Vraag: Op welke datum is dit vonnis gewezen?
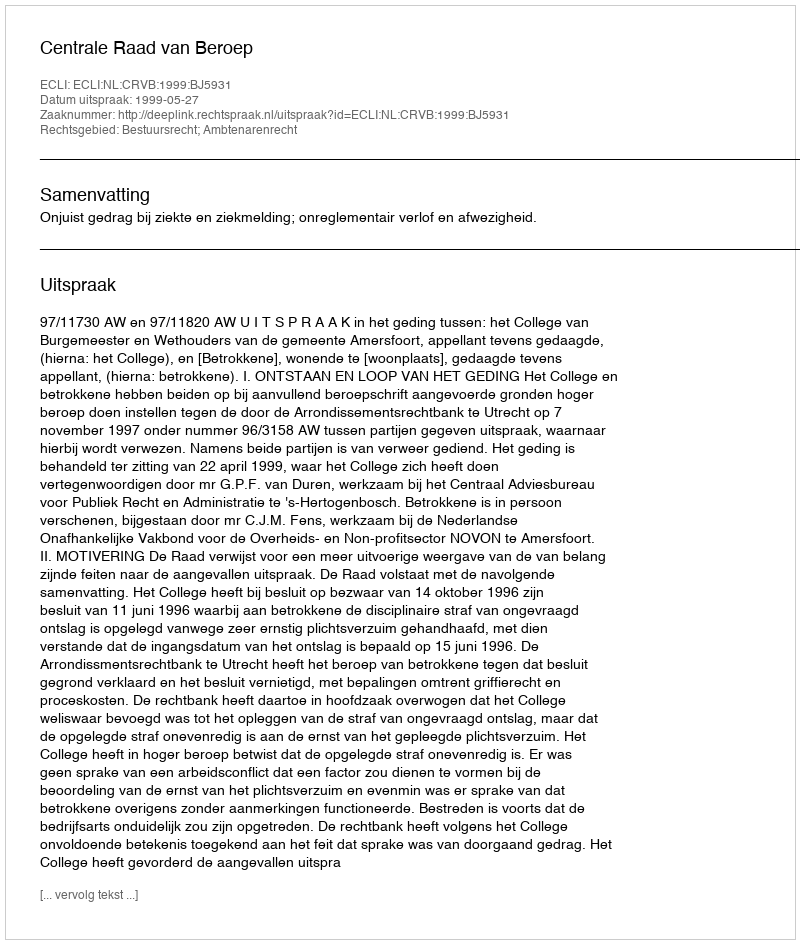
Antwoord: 1999-05-27